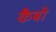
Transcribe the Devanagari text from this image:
कैबो